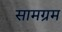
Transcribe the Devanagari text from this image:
सामग्रम